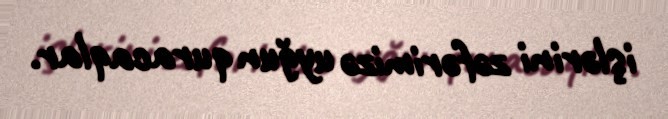
işlərini zəfərimizə uyğun quracaqlar.